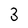
Character: 3